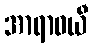
အာရာဓယီ